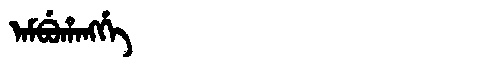
Manchu: ᠠᠮᠪᡠᡥᠠᠩᡤᡝ
Romanization: AMBUHANGGE